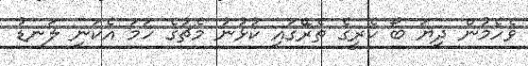
ވެހެމުން ދިޔަ ބޯ ކެރީގެ ތެރޭގައި ކުޅުނު މެޗުގެ ހަމަ އެކަނި ލަނޑު